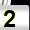
Digit: 2